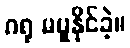
ဂရု မမူနိုင်ခဲ့။